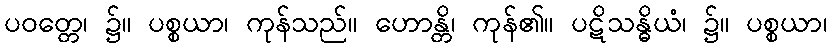
ပဝတ္တေ၊ ၌။ ပစ္စယာ၊ ကုန်သည်။ ဟောန္တိ၊ ကုန်၏။ ပဋိသန္ဓိယံ၊ ၌။ ပစ္စယာ၊